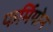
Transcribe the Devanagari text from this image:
फर्मियोन